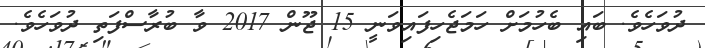
ދުވަހެވެ. ބައި ބެހުމަށް ހަމަޖެހިފައިވަނީ 15 ޖޫން 2017 ވާ ބުރާސްފަތި ދުވަހެވެ.